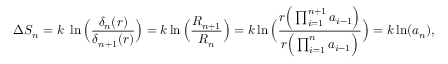
\Delta S _ { n } = k \ \ln \Big ( { \frac { \delta _ { n } ( r ) } { \delta _ { n + 1 } ( r ) } } \Big ) = k \ln \Big ( { \frac { R _ { n + 1 } } { R _ { n } } } \Big ) = k \ln \Big ( { \frac { r \Big ( \prod _ { i = 1 } ^ { n + 1 } a _ { i - 1 } \Big ) } { r \Big ( \prod _ { i = 1 } ^ { n } a _ { i - 1 } \Big ) } } \Big ) = k \ln ( a _ { n } ) ,